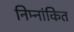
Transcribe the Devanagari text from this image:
निम्नांकित